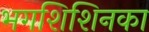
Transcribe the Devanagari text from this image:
भगशिशिनका